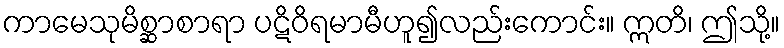
ကာမေသုမိစ္ဆာစာရာ ပဋိဝိရမာမီဟူ၍လည်းကောင်း။ ဣတိ၊ ဤသို့။